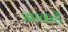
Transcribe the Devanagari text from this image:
आकड़ें